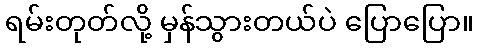
ရမ်းတုတ်လို့ မှန်သွားတယ်ပဲ ပြောပြော။